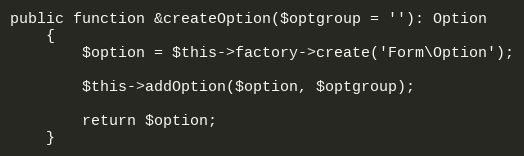
Language: PHP
public function &createOption($optgroup = ''): Option
    {
        $option = $this->factory->create('Form\Option');

        $this->addOption($option, $optgroup);

        return $option;
    }